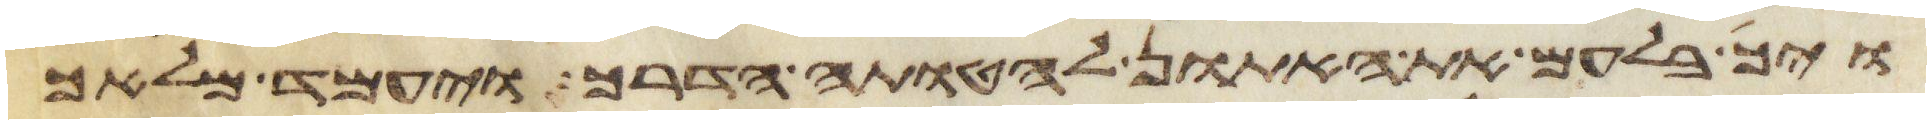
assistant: ויך בלעם את האתון להטותה הדרך ויעמד מלאך